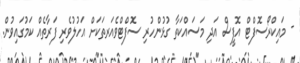
- މައިކްރޯސޮފްޓް އޮފީސް އަދި މަސައްކަތާ ގުޅުންހުރި ސޮފްޓްވެއަރތަކަށް އަހުލުވެރި ފަރާތެއް ކަމުގައިވުން.